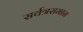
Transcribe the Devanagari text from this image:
सर्वत्रसमान